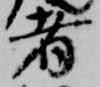
者